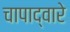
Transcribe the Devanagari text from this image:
चापाद्वारे